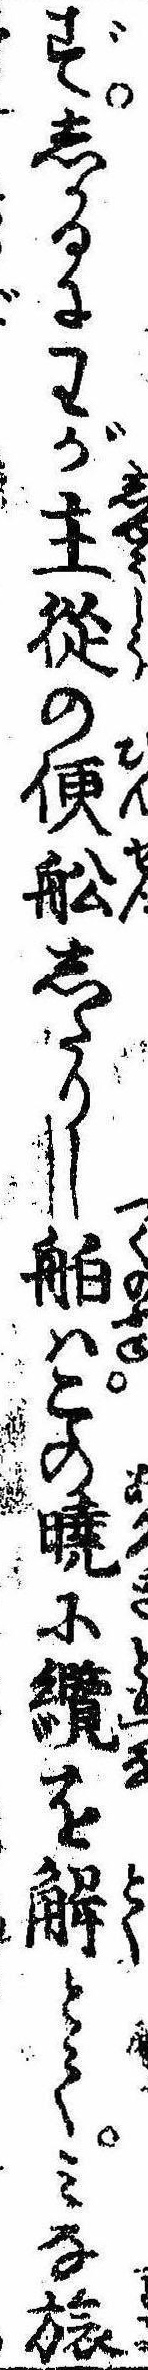
ずしかるにわが主従の便船したりし舶はこの暁に纜を解とてみな旅